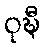
ဝုဍ္ဎီ